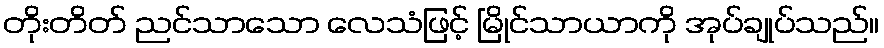
တိုးတိတ် ညင်သာသော လေသံဖြင့် မြိုင်သာယာကို အုပ်ချုပ်သည်။